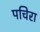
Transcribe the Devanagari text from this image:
पचिरा